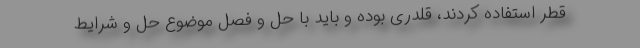
قطر استفاده کردند، قلدری بوده و باید با حل و فصل موضوع حل و شرایط